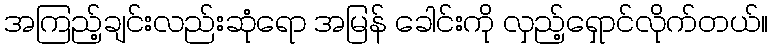
အကြည့်ချင်းလည်းဆုံရော အမြန် ခေါင်းကို လှည့်ရှောင်လိုက်တယ်။